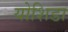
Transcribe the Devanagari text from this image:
योशिडा